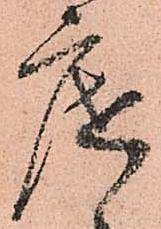
底